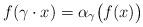
LaTeX: \begin{align*} f(\gamma \cdot x)=\alpha_{\gamma}\bigl(f(x)\bigr) \quad \end{align*}